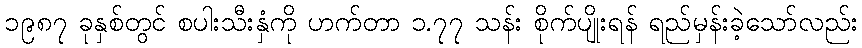
၁၉၈၇ ခုနှစ်တွင် စပါးသီးနှံကို ဟက်တာ ၁.၇၇ သန်း စိုက်ပျိုးရန် ရည်မှန်းခဲ့သော်လည်း